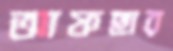
আফছার